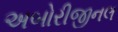
અબોરીજીનલ